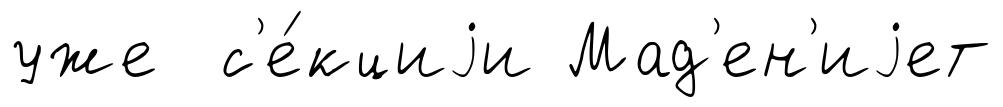
уже с'е́кциjи Мад'ен'иjет